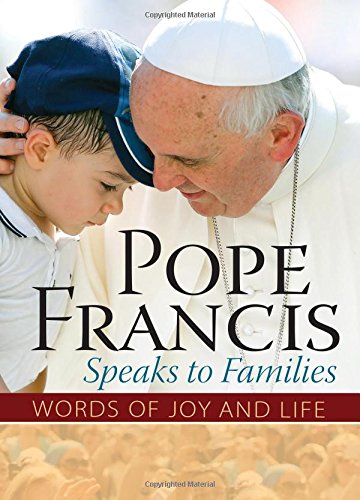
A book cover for Pope Francis Speaks to Families: Words of Joy and Life; The Word Among Us Press; Christian Books & Bibles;